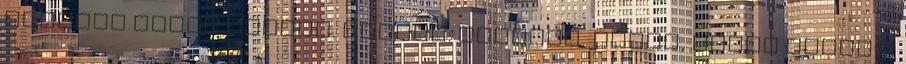
Forever címet viseli. Címkék: musical, celeb, spice girls A